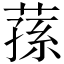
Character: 蓀